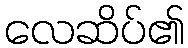
လေဆိပ်၏